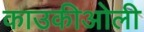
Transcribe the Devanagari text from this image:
काउकीओली